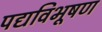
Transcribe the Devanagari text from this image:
पद्यविभूषण